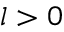
l > 0